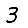
Digit: 3